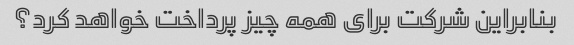
بنابراین شرکت برای همه چیز پرداخت خواهد کرد؟